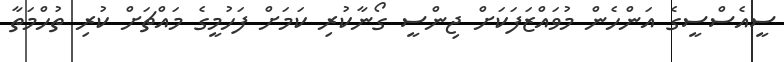
ސީއެސްސީގެ އަންހެން މުވައްޒަފަކަށް ޖިންސީ ގޯނާކުރި ކަމަށް ފަހުމީގެ މައްޗަށް ކުރި ތުހްމަތާ